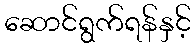
ဆောင်ရွက်ရန်နှင့်